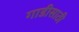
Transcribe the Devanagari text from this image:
गाडीसाठी